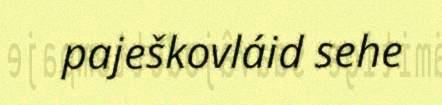
paješkovláid sehe